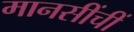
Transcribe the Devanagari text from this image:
मानसींचीं